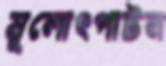
মূলোৎপাটন